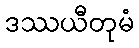
ဒဿယီတုမံ